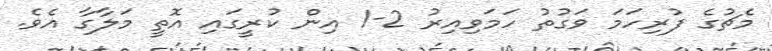
މެޗުގެ ފުރިހަމަ ވަގުތު ހަމަވިއިރު 2-1 އިން ކުރީގައި އޮތީ މަލާގާ އެވެ.